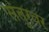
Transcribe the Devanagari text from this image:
संतूरवर